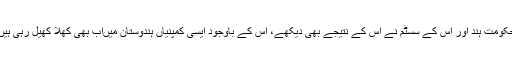
حکومت ہند اور اس کے سسٹم نے اس کے نتیجے بھی دیکھے، اس کے باوجود ایسی کمپنیاں ہندوستان میںاب بھی کھلا کھیل رہی ہیں۔